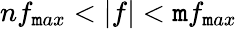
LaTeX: nf_{\mathtt{m}ax}<|f|<\mathtt{m}f_{\mathtt{m}ax}